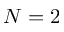
{ N = 2 }